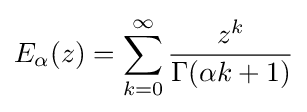
E_{\alpha }(z)=\sum _{k=0}^{\infty }{\frac {z^{k}}{\Gamma (\alpha k+1)}}